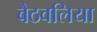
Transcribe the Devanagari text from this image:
बैठवलिया